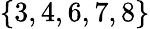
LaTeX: \{ 3,4,6,7,8\}